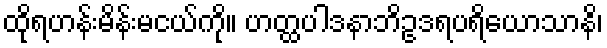
ထိုရဟန်းမိန်းမငယ်ကို။ ဟတ္ထပါဒနာဘိဥဒရပရိယောသာနိ၊